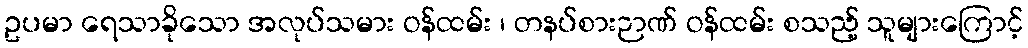
ဥပမာ ရေသာခိုသော အလုပ်သမား ဝန်ထမ်း ၊ တနပ်စားဉာဏ် ဝန်ထမ်း စသည့် သူများကြောင့်